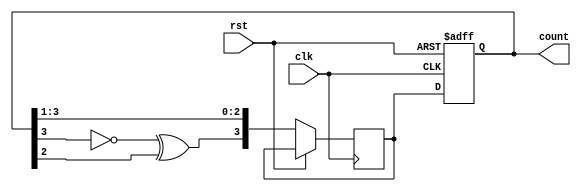
module johnson_gray_counter (
    input wire clk,
    input wire rst,
    output reg [3:0] count
);

reg [3:0] next_count;

always @ (posedge clk or posedge rst) begin
    if (rst) begin
        count <= 4'b0000;
    end else begin
        next_count[3] <= ~count[3] ^ count[2];
        next_count[2] <= count[3];
        next_count[1] <= count[2];
        next_count[0] <= count[1];
        count <= next_count;
    end
end

endmodule